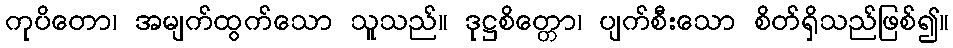
ကုပိတော၊ အမျက်ထွက်သော သူသည်။ ဒုဋ္ဌစိတ္တော၊ ပျက်စီးသော စိတ်ရှိသည်ဖြစ်၍။